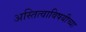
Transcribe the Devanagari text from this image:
अस्तित्वाविषयीच्या